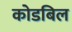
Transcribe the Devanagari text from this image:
कोडबिल